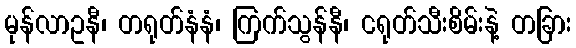
မုန်လာဥနီ၊ တရုတ်နံနံ၊ ကြက်သွန်နီ၊ ငရုတ်သီးစိမ်းနဲ့ တခြား